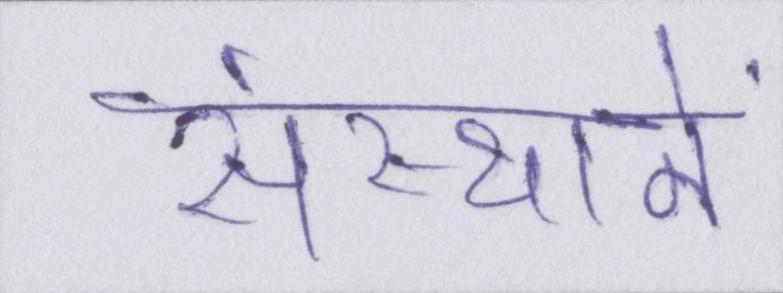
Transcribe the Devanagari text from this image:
संस्थानें